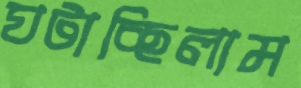
ঘটাচ্ছিলাম